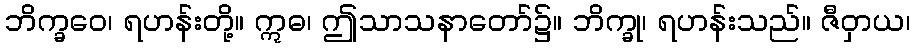
ဘိက္ခဝေ၊ ရဟန်းတို့။ ဣဓ၊ ဤသာသနာတော်၌။ ဘိက္ခု၊ ရဟန်းသည်။ ဇီဝှာယ၊